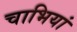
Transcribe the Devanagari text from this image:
चाभियां